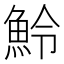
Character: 魿